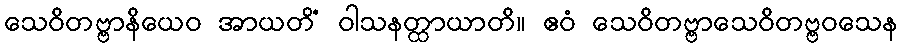
သေဝိတဗ္ဗာနိယေဝ အာယတိံ ဝါသနတ္ထာယာတိ။ ဧဝံ သေဝိတဗ္ဗာသေဝိတဗ္ဗဝသေန